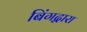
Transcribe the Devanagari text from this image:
बिंगद्वारा